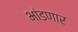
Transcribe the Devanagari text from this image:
भांडणार